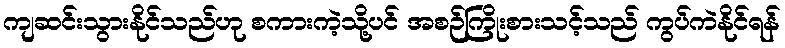
ကျဆင်းသွားနိုင်သည်ဟု စကားကဲ့သို့ပင် အစဉ်ကြိုးစားသင့်သည် ကွပ်ကဲနိုင်ရန်